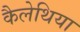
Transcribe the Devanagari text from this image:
कैलेथिया